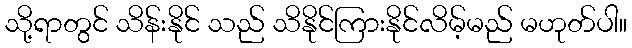
သို့ရာတွင် သိန်းနိုင် သည် သိနိုင်ကြားနိုင်လိမ့်မည် မဟုတ်ပါ။